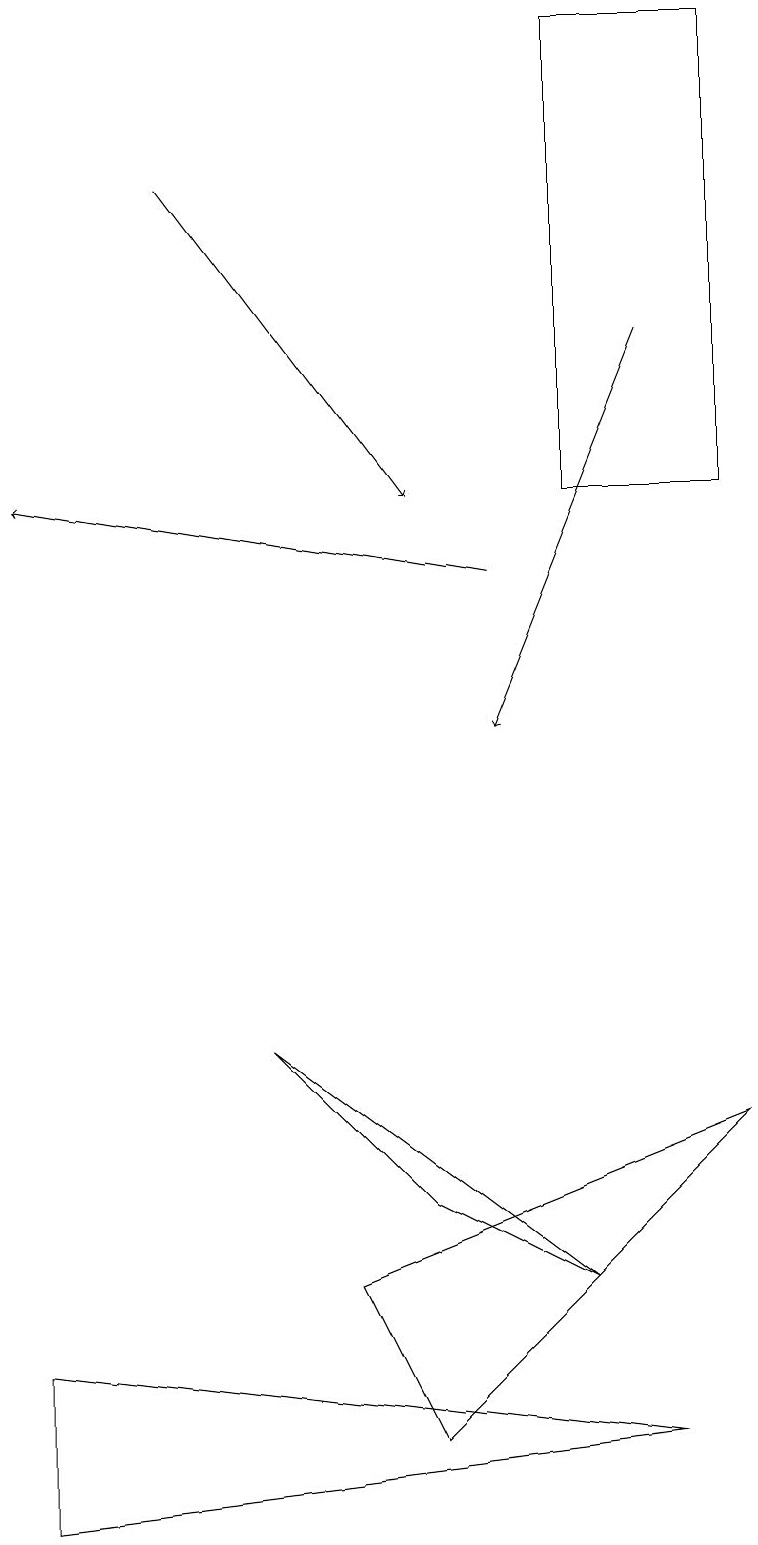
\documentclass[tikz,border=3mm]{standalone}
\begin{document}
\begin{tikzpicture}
\draw (7,13) rectangle (9,19);
\draw (4,3) -- (5,1) -- (9,5) -- cycle;
\draw (3,6) -- (5,4) -- (7,3) -- cycle;
\draw[->] (8,15) -- (6,10);
\draw (8,1) -- (0,2) -- (0,0) -- cycle;
\draw[->] (6,12) -- (0,13);
\draw[->] (2,17) -- (5,13);
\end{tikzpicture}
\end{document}